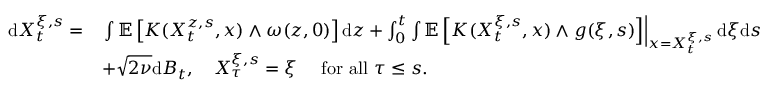
\begin{array} { r l } { \mathrm { d } X _ { t } ^ { \xi , s } = } & { \left. \int \mathbb { E } \left[ K ( X _ { t } ^ { z , s } , x ) \wedge \omega ( z , 0 ) \right] \mathrm { d } z + \int _ { 0 } ^ { t } \int \mathbb { E } \left[ K ( X _ { t } ^ { \xi , s } , x ) \wedge g ( \xi , s ) \right] \right| _ { x = X _ { t } ^ { \xi , s } } \mathrm { d } \xi \mathrm { d } s } \\ & { + \sqrt { 2 \nu } \mathrm { d } B _ { t } , \quad X _ { \tau } ^ { \xi , s } = \xi \quad \mathrm { ~ f o r ~ a l l ~ } \tau \leq s . } \end{array}